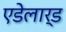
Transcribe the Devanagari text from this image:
एडेलार्ड